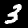
Digit: 3